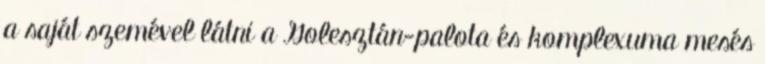
a saját szemével látni a Golesztán-palota és komplexuma mesés